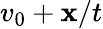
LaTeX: v_{0}+\mathbf{x}/t